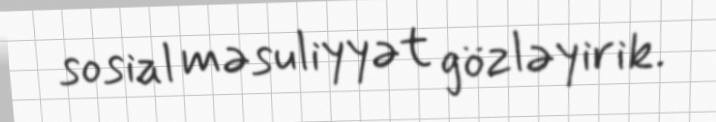
sosial məsuliyyət gözləyirik.